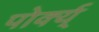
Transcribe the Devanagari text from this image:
पोर्क्य्